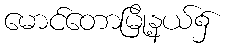
မောင်တောမြို့နယ်၌